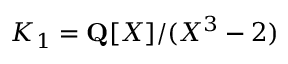
K _ { 1 } = \mathbf { Q } [ X ] / ( X ^ { 3 } - 2 )